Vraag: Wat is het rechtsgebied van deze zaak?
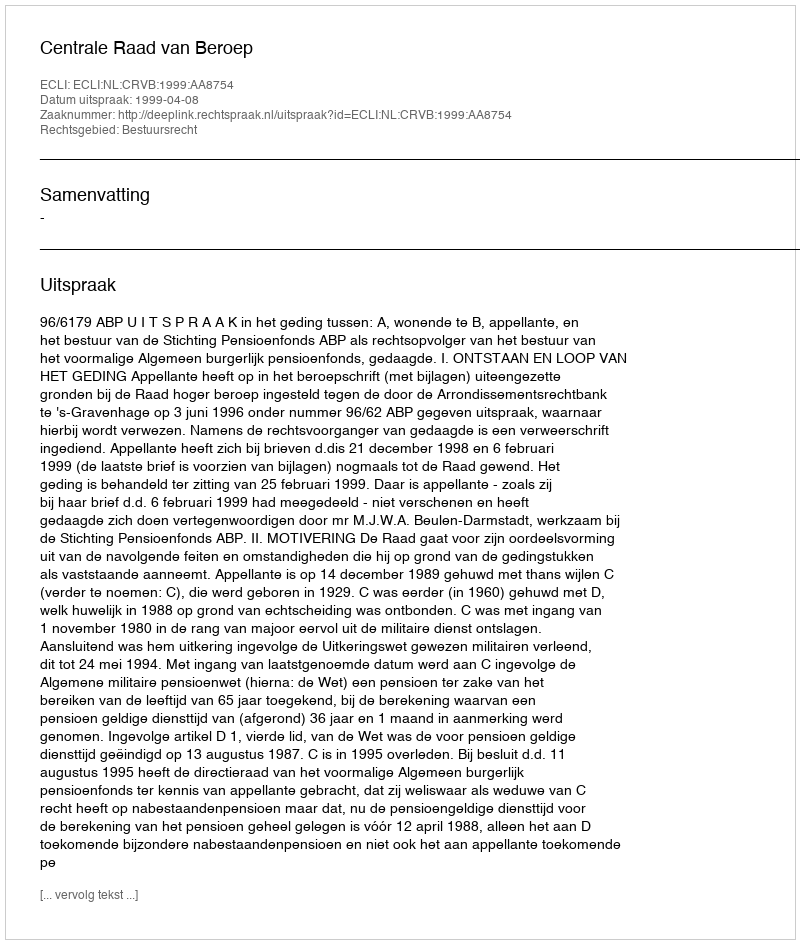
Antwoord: Bestuursrecht